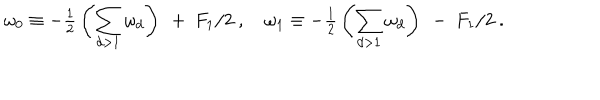
LaTeX: \omega _ { 0 } \equiv - { { \textstyle \frac { 1 } { 2 } } } \left( { \displaystyle \sum _ { d > 1 } \omega _ { d } } \right) \ + \ F _ { 1 } / 2 \ , \quad \omega _ { 1 } \equiv - { { \textstyle \frac { 1 } { 2 } } } \left( { \displaystyle \sum _ { d > 1 } \omega _ { d } } \right) \ - \ F _ { 1 } / 2 \ .